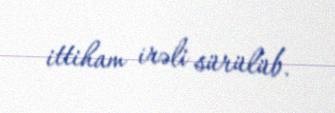
ittiham irəli sürülüb.